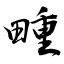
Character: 畽